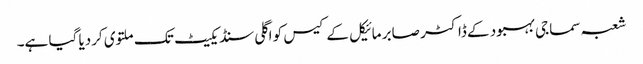
شعبہ سماجی بہبود کے ڈاکٹر صابر مائیکل کے کیس کو اگلی سنڈیکیٹ تک ملتوی کردیا گیا ہے۔